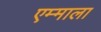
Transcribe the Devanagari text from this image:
एम्माला